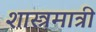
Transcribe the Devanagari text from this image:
शास्त्रमात्री